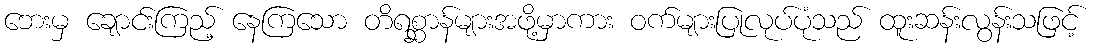
ဘေးမှ ချောင်းကြည့် နေကြသော တိရစ္ဆာန်များအဖို့မှာကား ဝက်များပြုလုပ်ပုံသည် ထူးဆန်းလွန်းသဖြင့်